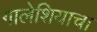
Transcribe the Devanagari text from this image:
गालेशियाचा